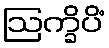
ဩက္ခိပိံ